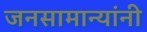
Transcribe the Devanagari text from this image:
जनसामान्यांनी